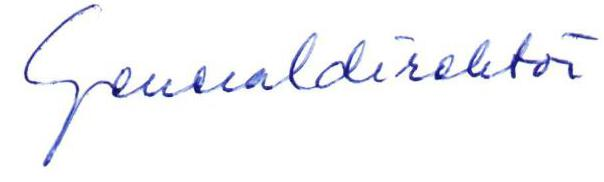
Generaldirektör